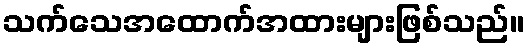
သက်သေအထောက်အထားများဖြစ်သည်။